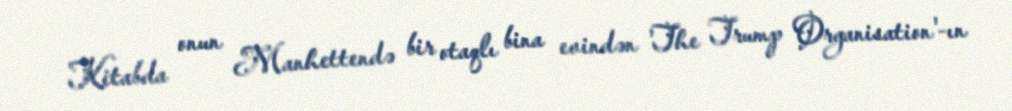
Kitabda onun Manhettendə bir otaqlı bina evindən 'The Trump Organisation'-ın